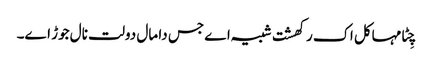
چِٹا مہاکل اک رکھشت شبیہ اے جس دا مال دولت نال جوڑ اے۔